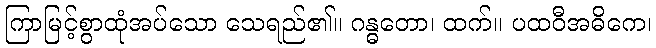
ကြာမြင့်စွာထုံအပ်သော သေရည်၏။ ဂန္ဓတော၊ ထက်။ ပထဝီအဓိကေ၊